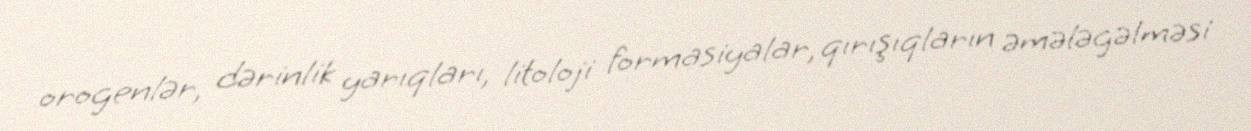
orogenlər, dərinlik yarıqları, litoloji formasiyalar, qırışıqların əmələgəlməsi